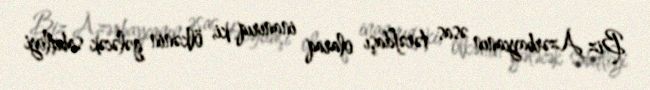
Biz Azərbaycanın əsas tərəfdaşı olaraq inanırıq ki, ölkənin gələcək sabitliyi